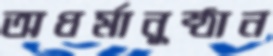
অধর্মানুষ্ঠান